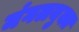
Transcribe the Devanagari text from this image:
मंगलयुक्त